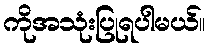
ကိုအသုံးပြုရပါမယ်။